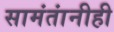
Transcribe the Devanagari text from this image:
सामंतांनीही